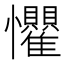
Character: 𪭈